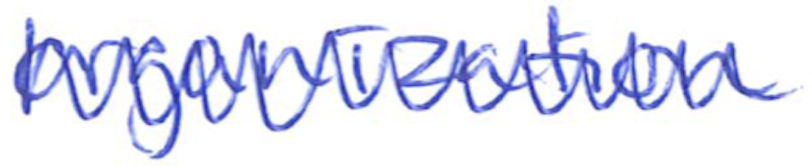
Text: organization
Cross-out: zig-zag
Writing tool: ballpoint